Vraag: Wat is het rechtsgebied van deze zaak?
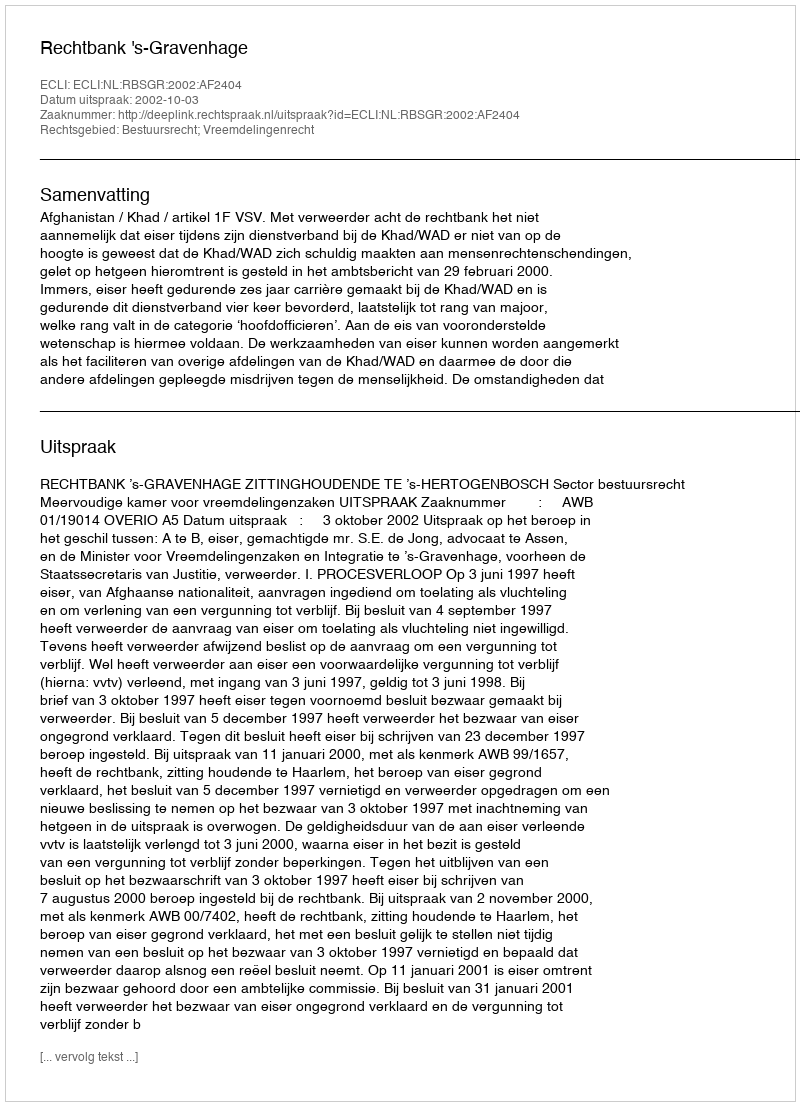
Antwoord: Bestuursrecht; Vreemdelingenrecht